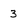
Character: 3